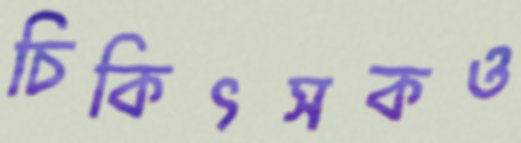
চিকিৎসকও